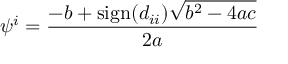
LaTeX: \psi ^ { i } = \frac { - b + \mathrm { s i g n } ( d _ { i i } ) \sqrt { b ^ { 2 } - 4 a c } } { 2 a }